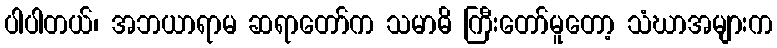
ပါပါတယ်၊ အဘယာရာမ ဆရာတော်က သမာဓိ ကြီးတော်မူတော့ သံဃာအများက